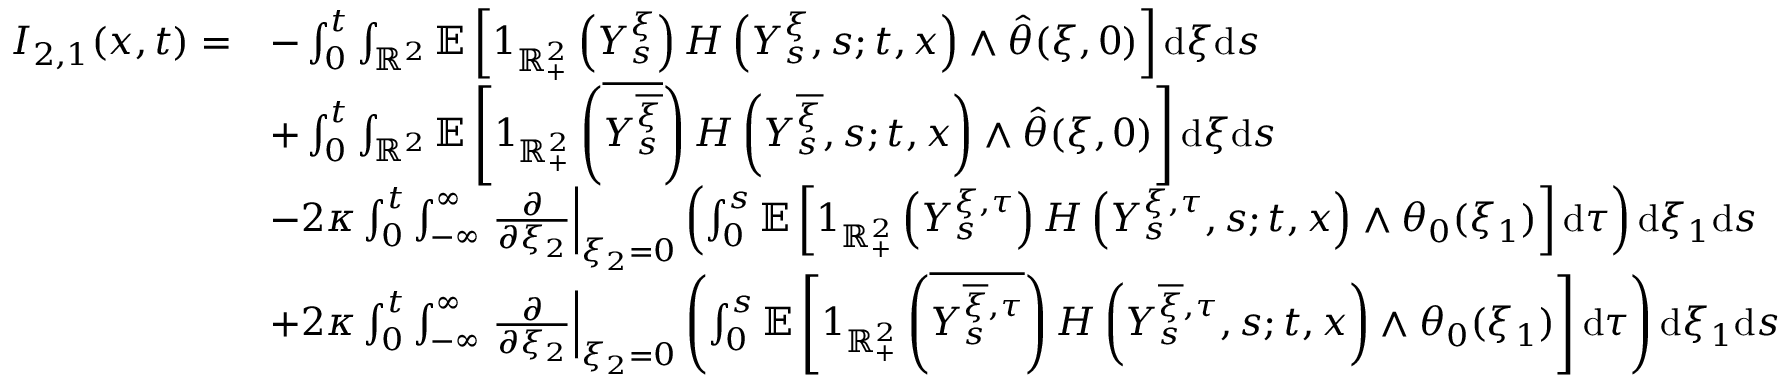
\begin{array} { r l } { I _ { 2 , 1 } ( x , t ) = } & { - \int _ { 0 } ^ { t } \int _ { \mathbb { R } ^ { 2 } } \mathbb { E } \left[ 1 _ { \mathbb { R } _ { + } ^ { 2 } } \left( Y _ { s } ^ { \xi } \right) H \left( Y _ { s } ^ { \xi } , s ; t , x \right) \wedge \hat { \theta } ( \xi , 0 ) \right] \mathrm { d } \xi \mathrm { d } s } \\ & { + \int _ { 0 } ^ { t } \int _ { \mathbb { R } ^ { 2 } } \mathbb { E } \left[ 1 _ { \mathbb { R } _ { + } ^ { 2 } } \left( \overline { { Y _ { s } ^ { \overline { { \xi } } } } } \right) H \left( Y _ { s } ^ { \overline { { \xi } } } , s ; t , x \right) \wedge \hat { \theta } ( \xi , 0 ) \right] \mathrm { d } \xi \mathrm { d } s } \\ & { - 2 \kappa \int _ { 0 } ^ { t } \int _ { - \infty } ^ { \infty } \left. \frac { \partial } { \partial \xi _ { 2 } } \right| _ { \xi _ { 2 } = 0 } \left( \int _ { 0 } ^ { s } \mathbb { E } \left[ 1 _ { \mathbb { R } _ { + } ^ { 2 } } \left( Y _ { s } ^ { \xi , \tau } \right) H \left( Y _ { s } ^ { \xi , \tau } , s ; t , x \right) \wedge \theta _ { 0 } ( \xi _ { 1 } ) \right] \mathrm { d } \tau \right) \mathrm { d } \xi _ { 1 } \mathrm { d } s } \\ & { + 2 \kappa \int _ { 0 } ^ { t } \int _ { - \infty } ^ { \infty } \left. \frac { \partial } { \partial \xi _ { 2 } } \right| _ { \xi _ { 2 } = 0 } \left( \int _ { 0 } ^ { s } \mathbb { E } \left[ 1 _ { \mathbb { R } _ { + } ^ { 2 } } \left( \overline { { Y _ { s } ^ { \overline { { \xi } } , \tau } } } \right) H \left( Y _ { s } ^ { \overline { { \xi } } , \tau } , s ; t , x \right) \wedge \theta _ { 0 } ( \xi _ { 1 } ) \right] \mathrm { d } \tau \right) \mathrm { d } \xi _ { 1 } \mathrm { d } s } \end{array}